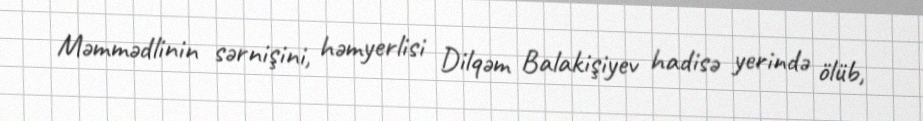
Məmmədlinin sərnişini, həmyerlisi Dilqəm Balakişiyev hadisə yerində ölüb,